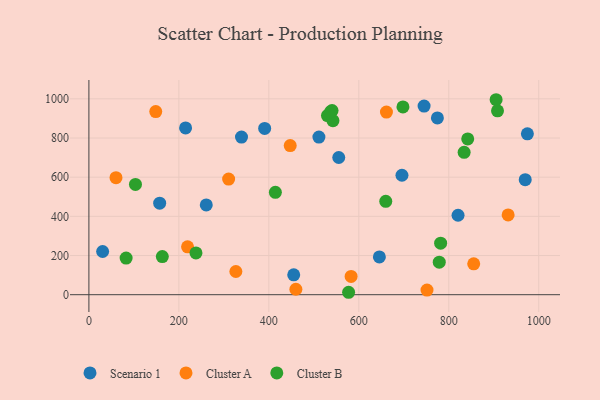
{"axis": {"x": "Ad Spend", "y": "Exam Score"}, "legend": ["Cluster A", "Cluster B", "Scenario 1"], "data": [{"x": "157.3", "y": 467.2, "type": "Scenario 1"}, {"x": "214.9", "y": 851.5, "type": "Scenario 1"}, {"x": "30.5", "y": 220.6, "type": "Scenario 1"}, {"x": "745.1", "y": 962.8, "type": "Scenario 1"}, {"x": "695.9", "y": 609.9, "type": "Scenario 1"}, {"x": "390.7", "y": 848.9, "type": "Scenario 1"}, {"x": "969.9", "y": 587.0, "type": "Scenario 1"}, {"x": "974.7", "y": 821.5, "type": "Scenario 1"}, {"x": "455.3", "y": 101.3, "type": "Scenario 1"}, {"x": "555.4", "y": 700.5, "type": "Scenario 1"}, {"x": "511.3", "y": 804.8, "type": "Scenario 1"}, {"x": "820.6", "y": 405.6, "type": "Scenario 1"}, {"x": "339.2", "y": 804.7, "type": "Scenario 1"}, {"x": "774.7", "y": 902.7, "type": "Scenario 1"}, {"x": "260.9", "y": 458.3, "type": "Scenario 1"}, {"x": "645.7", "y": 192.9, "type": "Scenario 1"}, {"x": "219.3", "y": 244.4, "type": "Cluster A"}, {"x": "60.2", "y": 597.3, "type": "Cluster A"}, {"x": "460.1", "y": 27.8, "type": "Cluster A"}, {"x": "447.5", "y": 761.1, "type": "Cluster A"}, {"x": "855.4", "y": 157.6, "type": "Cluster A"}, {"x": "582.9", "y": 93.3, "type": "Cluster A"}, {"x": "931.9", "y": 407.3, "type": "Cluster A"}, {"x": "310.6", "y": 590.1, "type": "Cluster A"}, {"x": "326.7", "y": 118.5, "type": "Cluster A"}, {"x": "661.4", "y": 932.4, "type": "Cluster A"}, {"x": "148.6", "y": 935.1, "type": "Cluster A"}, {"x": "751.6", "y": 23.4, "type": "Cluster A"}, {"x": "238.0", "y": 213.4, "type": "Cluster B"}, {"x": "577.3", "y": 12.4, "type": "Cluster B"}, {"x": "103.5", "y": 562.8, "type": "Cluster B"}, {"x": "842.1", "y": 795.1, "type": "Cluster B"}, {"x": "163.2", "y": 194.4, "type": "Cluster B"}, {"x": "659.9", "y": 476.8, "type": "Cluster B"}, {"x": "908.3", "y": 938.9, "type": "Cluster B"}, {"x": "778.8", "y": 165.9, "type": "Cluster B"}, {"x": "530.3", "y": 914.5, "type": "Cluster B"}, {"x": "542.5", "y": 888.6, "type": "Cluster B"}, {"x": "540.5", "y": 939.8, "type": "Cluster B"}, {"x": "698.1", "y": 958.8, "type": "Cluster B"}, {"x": "905.2", "y": 995.4, "type": "Cluster B"}, {"x": "834.1", "y": 727.0, "type": "Cluster B"}, {"x": "537.5", "y": 934.2, "type": "Cluster B"}, {"x": "781.9", "y": 263.2, "type": "Cluster B"}, {"x": "414.5", "y": 522.9, "type": "Cluster B"}, {"x": "82.7", "y": 186.8, "type": "Cluster B"}]}